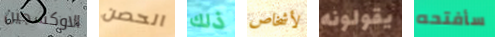
الاوكسجين الحصن ذلك لأشخاص يقولونه سأفتحه